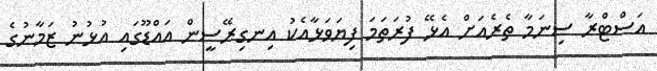
އަސްޓްރާ ސިނަމާ ތެރެއަށް އެޅޭ ފުރަތަމަ ފިޔަވަޅާއެކު އިނގިރޭސީން އައްޑޫގައި އުޅުނު ޒަމާނުގެ